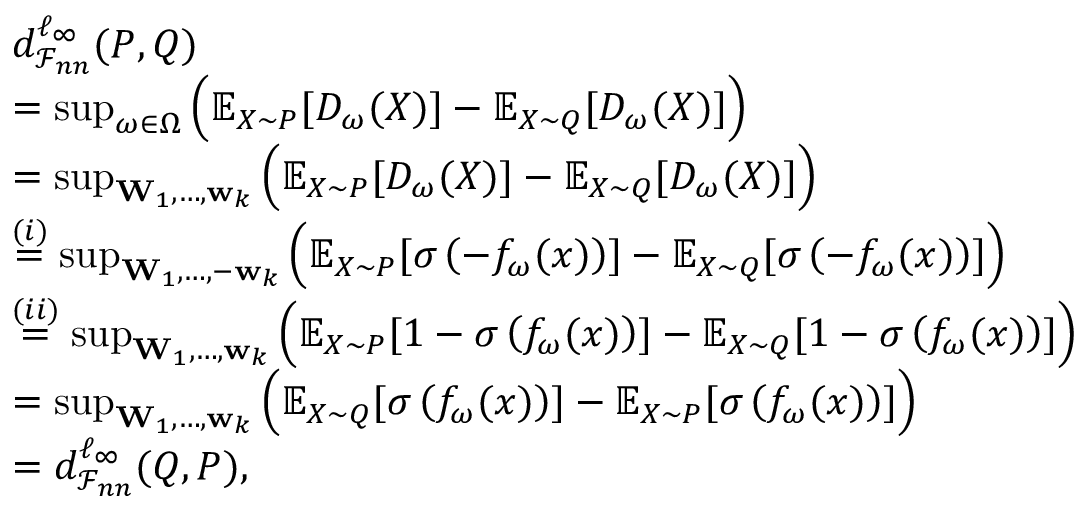
\begin{array} { r l } & { d _ { \mathcal { F } _ { n n } } ^ { \ell _ { \infty } } ( P , Q ) } \\ & { = \operatorname* { s u p } _ { \omega \in \Omega } \Big ( \mathbb { E } _ { X \sim P } [ D _ { \omega } ( X ) ] - \mathbb { E } _ { X \sim Q } [ D _ { \omega } ( X ) ] \Big ) } \\ & { = \operatorname* { s u p } _ { \mathbf { W } _ { 1 } , \dots , \mathbf { w } _ { k } } \Big ( \mathbb { E } _ { X \sim P } [ D _ { \omega } ( X ) ] - \mathbb { E } _ { X \sim Q } [ D _ { \omega } ( X ) ] \Big ) } \\ & { \overset { ( i ) } { = } \operatorname* { s u p } _ { \mathbf { W } _ { 1 } , \dots , - \mathbf { w } _ { k } } \Big ( \mathbb { E } _ { X \sim P } [ \sigma \left( - f _ { \omega } ( x ) \right) ] - \mathbb { E } _ { X \sim Q } [ \sigma \left( - f _ { \omega } ( x ) \right) ] \Big ) } \\ & { \overset { ( i i ) } { = } \operatorname* { s u p } _ { \mathbf { W } _ { 1 } , \dots , \mathbf { w } _ { k } } \Big ( \mathbb { E } _ { X \sim P } [ 1 - \sigma \left( f _ { \omega } ( x ) \right) ] - \mathbb { E } _ { X \sim Q } [ 1 - \sigma \left( f _ { \omega } ( x ) \right) ] \Big ) } \\ & { = \operatorname* { s u p } _ { \mathbf { W } _ { 1 } , \dots , \mathbf { w } _ { k } } \Big ( \mathbb { E } _ { X \sim Q } [ \sigma \left( f _ { \omega } ( x ) \right) ] - \mathbb { E } _ { X \sim P } [ \sigma \left( f _ { \omega } ( x ) \right) ] \Big ) } \\ & { = d _ { \mathcal { F } _ { n n } } ^ { \ell _ { \infty } } ( Q , P ) , } \end{array}